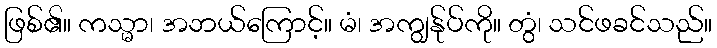
ဖြစ်၏။ ကသ္မာ၊ အဘယ်ကြောင့်။ မံ၊ အကျွန်ုပ်ကို။ တွံ၊ သင်ဖခင်သည်။